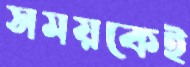
সময়কেই